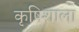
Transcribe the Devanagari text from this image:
कृषिशाला